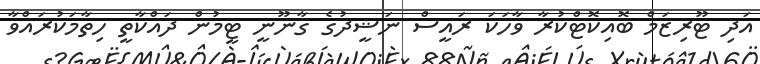
އަދި ޓޫރިޒަމް ބޮއިކޮޓްކުރާ ވާހަކަ ރައީސް ނަޝީދުގެ ގާނޫނީ ޓީމުން ދައްކާތީ ހިތާމަކުރައްވާ